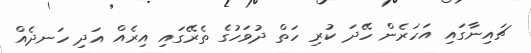
ޗައިނާގައި އަހަރެން ހޭދަ ކުރި ހަތް ދުވަހުގެ ތެރޭގައި އިރެއް އަދި ހަނދެއް